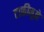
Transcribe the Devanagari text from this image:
टाकीमुळे